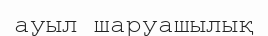
ауыл шаруашылық